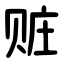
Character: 赃